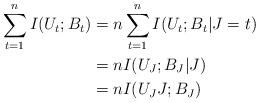
LaTeX: \begin{align*}\sum_{t=1}^n I(U_t; B_t) & = n \sum_{t=1}^n I(U_t; B_t |J=t) \\&= n I(U_J; B_J|J) \\&= n I(U_J J;B_J)\end{align*}